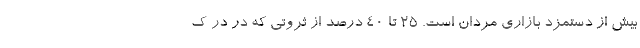
بیش از دستمزد بازاری مردان است. ۲۵ تا ۴۰ درصد از ثروتی که در در ک